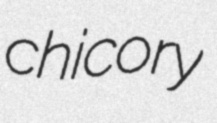
chicory